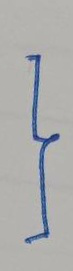
}